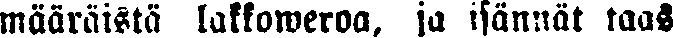
määräistä lakkoweroa, ja isännät taas